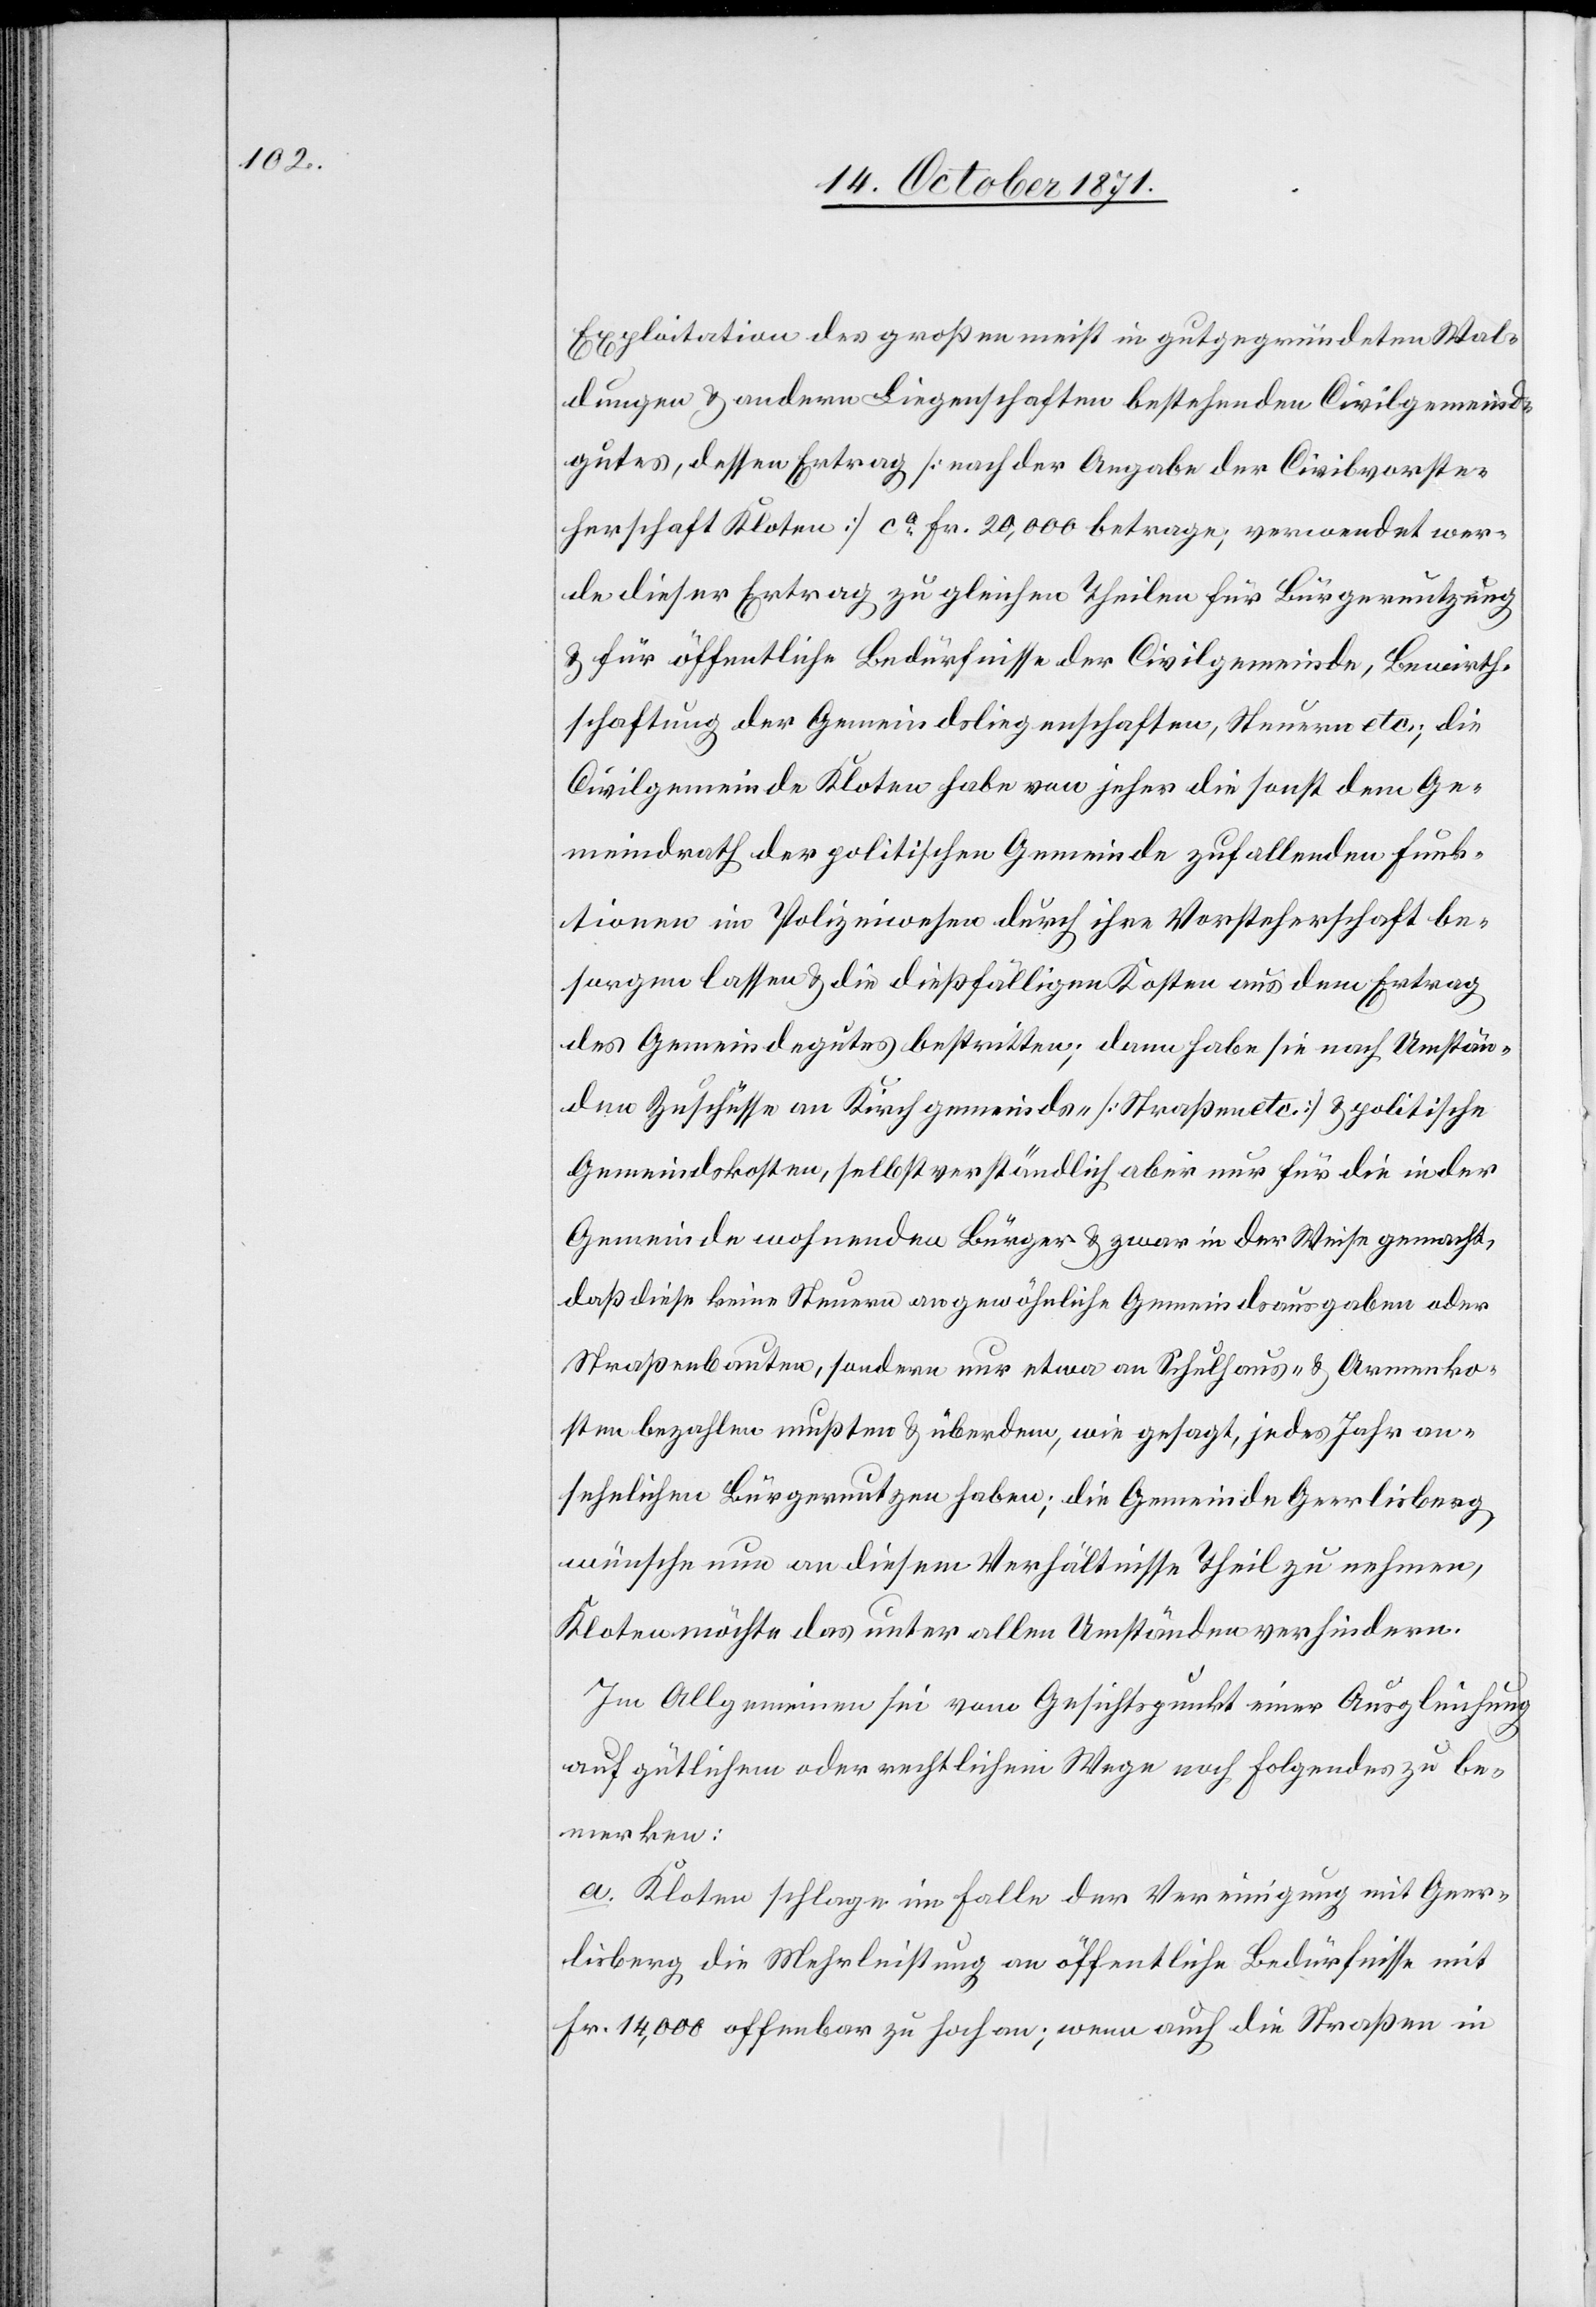
Exploitation des großen meist in gutgegründeten Wal¬
dungen & andern Liegenschaften bestehenden Civilgemeind¬
gutes, dessen Ertrag [nach der Angabe der Civilvorste¬
herschaft Kloten] ca Fr. 20,000 betrage, [sic!] verwendet wer¬
de dieser Ertrag zu gleichen Theilen für Bürgernutzung
& für öffentliche Bedürfnisse der Civilgemeinde, Bewirth¬
schaftung der Gemeindsliegenschaften, Steuern etc.; die
Civilgemeinde Kloten habe von jeher die sonst dem Ge¬
meindrath der politischen Gemeinde zufallenden Funk¬
tionen im Polizeiwesen durch ihre Vorsteherschaft be¬
sorgen lassen & die dießfälligen Kosten aus dem Ertrag
des Gemeindegutes bestritten; dann habe sie nach Umstän¬
den Zuschüsse an Kirchgemeinds- [Strassen etc.] & politische
Gemeindekosten, selbstverständlich aber nur für die in der
Gemeinde wohnenden Bürger & zwar in der Weise gemacht,
daß diese keine Steuern an gewöhnliche Gemeindsausgaben oder
Straßenbauten, sondern nur etwa an Schulhaus- & Armenko¬
sten bezahlen mussten & überdem, wie gesagt, jedes Jahr an¬
sehnlichen Bürgernutzen haben; die Gemeinde Geerlisberg
wünsche nun an diesem Verhältnisse Theil zu nehmen,
Kloten möchte das unter allen Umständen verhindern.
Im Allgemeinen sei vom Gesichtspunkt einer Ausgleichung
auf gütlichem oder rechtlichem Wege noch folgendes zu be¬
merken:
a. Kloten schlage im Falle der Vereinigung mit Geer¬
lisberg die Mehrleistung an öffentliche Bedürfnisse mit
Fr. 14,000 offenbar zu hoch an; wenn auch die Straßen in